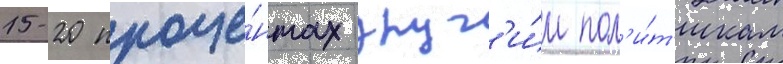
15-20 проце́нтах друг'и́м пол'и́т'икам